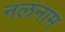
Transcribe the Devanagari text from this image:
नलनाम